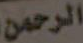
الرحمن